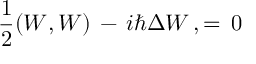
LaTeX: { \frac { 1 } { 2 } } ( W , W ) \, - \, i \hbar \Delta W \, , = \, 0